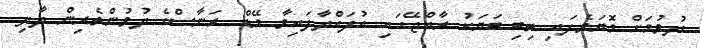
ދުވުމަށް މޮޔަވެފައި ތިބި ބަޔަކު ރާއްޖޭގައި އުފައްދާފައިވާ މޭޑް ރަނާސްގެ ދުވުންތެރިން ދާދި